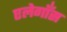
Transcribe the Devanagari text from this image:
एलेगाँस